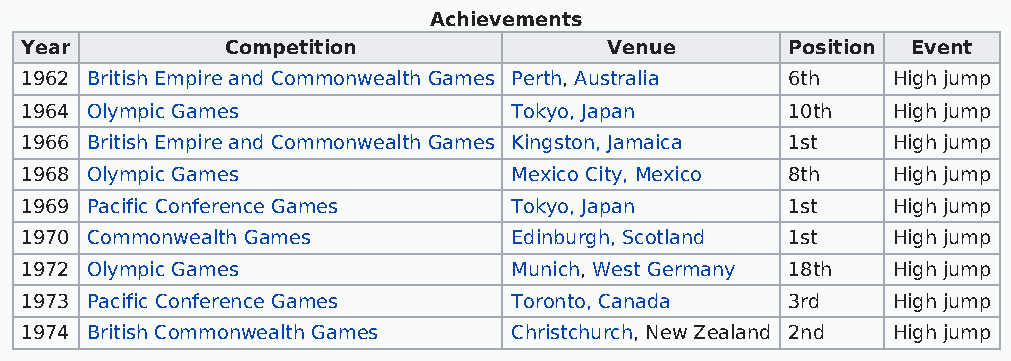
Achievements
 Year          Competition              Venue       Position Event
 1962 British Empire and Commonwealth Games Perth, Australia 6th High jump
 1964 Olympic Games               Tokyo, Japan      10th   High jump
 1966 British Empire and Commonwealth Games Kingston, Jamaica 1st High jump
 1968 Olympic Games               Mexico City, Mexico 8th  High jump
 1969 Pacific Conference Games    Tokyo, Japan      1st    High jump
 1970 Commonwealth Games          Edinburgh, Scotland 1st  High jump
 1972 Olympic Games               Munich, West Germany 18th High jump
 1973 Pacific Conference Games    Toronto, Canada   3rd    High jump
 1974 British Commonwealth Games  Christchurch, New Zealand 2nd High jump